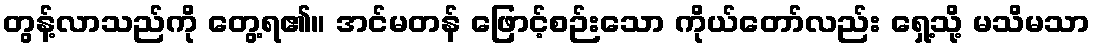
တွန့်လာသည်ကို တွေ့ရ၏။ အင်မတန် ဖြောင့်စဉ်းသော ကိုယ်တော်လည်း ရှေ့သို့ မသိမသာ